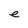
Character: e